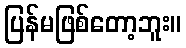
ပြန်မဖြစ်တော့ဘူး။